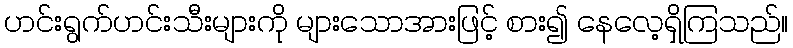
ဟင်းရွက်ဟင်းသီးများကို များသောအားဖြင့် စား၍ နေလေ့ရှိကြသည်။